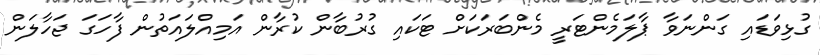
ގުޅިވަޑައި ގަންނަވާ ޕާލަމެންޓަރީ މެންބަރަކަށް ޓަކައި ގުރުބާން ކުރާން އަމިއްލައަތުން ފާހަގަ ޖަހާލަން